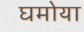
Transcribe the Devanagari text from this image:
घमोया